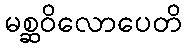
မစ္ဆဝိလောပေတိ